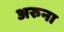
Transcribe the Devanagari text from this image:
अरुना